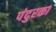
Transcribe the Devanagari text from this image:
पंदुरका